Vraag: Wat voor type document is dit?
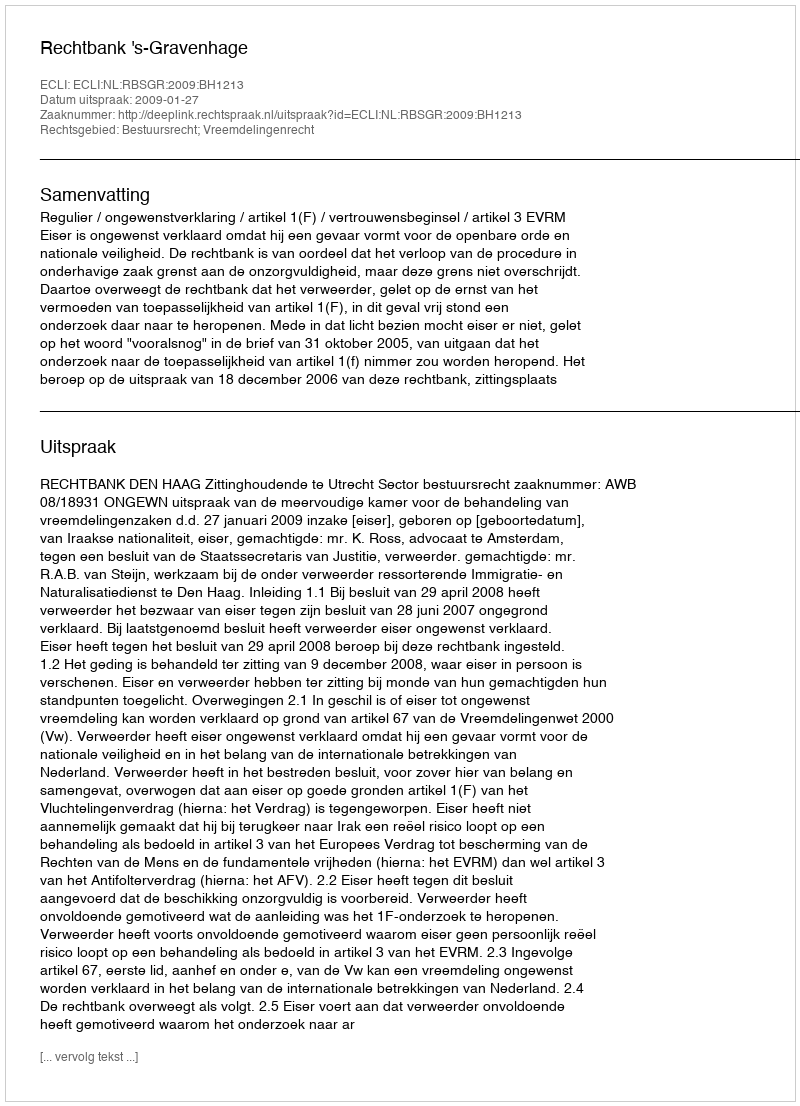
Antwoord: Uitspraak